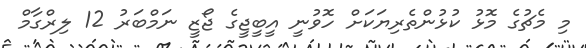
މި މެޗުގެ މޮޅު ކުޅުންތެރިޔަކަށް ހޮވުނީ އީބީޖީގެ ޖޯޒީ ނަމްބަރު 12 ލިރްގާމް